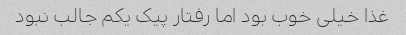
غذا خیلی خوب بود اما رفتار پیک یکم جالب نبود